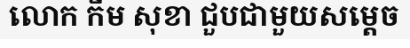
លោក កឹម សុខា ជួបជាមួយសម្តេច